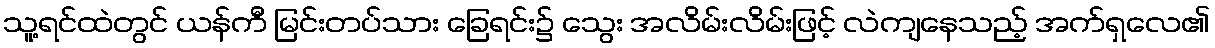
သူ့ရင်ထဲတွင် ယန်ကီ မြင်းတပ်သား ခြေရင်း၌ သွေး အလိမ်းလိမ်းဖြင့် လဲကျနေသည့် အက်ရှလေ၏